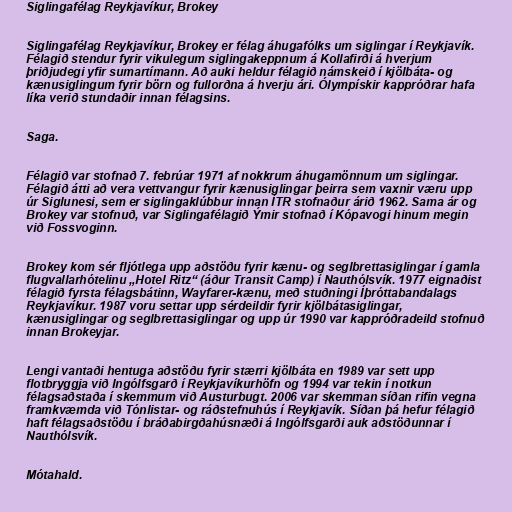
Siglingafélag Reykjavíkur, Brokey

Siglingafélag Reykjavíkur, Brokey er félag áhugafólks um siglingar í Reykjavík.
Félagið stendur fyrir vikulegum siglingakeppnum á Kollafirði á hverjum
þriðjudegi yfir sumartímann. Að auki heldur félagið námskeið í kjölbáta- og
kænusiglingum fyrir börn og fullorðna á hverju ári. Ólympískir kappróðrar hafa
líka verið stundaðir innan félagsins.

Saga.

Félagið var stofnað 7. febrúar 1971 af nokkrum áhugamönnum um siglingar.
Félagið átti að vera vettvangur fyrir kænusiglingar þeirra sem vaxnir væru upp
úr Siglunesi, sem er siglingaklúbbur innan ÍTR stofnaður árið 1962. Sama ár og
Brokey var stofnuð, var Siglingafélagið Ýmir stofnað í Kópavogi hinum megin
við Fossvoginn.

Brokey kom sér fljótlega upp aðstöðu fyrir kænu- og seglbrettasiglingar í gamla
flugvallarhótelinu „Hotel Ritz“ (áður Transit Camp) í Nauthólsvík. 1977 eignaðist
félagið fyrsta félagsbátinn, Wayfarer-kænu, með stuðningi Íþróttabandalags
Reykjavíkur. 1987 voru settar upp sérdeildir fyrir kjölbátasiglingar,
kænusiglingar og seglbrettasiglingar og upp úr 1990 var kappróðradeild stofnuð
innan Brokeyjar.

Lengi vantaði hentuga aðstöðu fyrir stærri kjölbáta en 1989 var sett upp
flotbryggja við Ingólfsgarð í Reykjavíkurhöfn og 1994 var tekin í notkun
félagsaðstaða í skemmum við Austurbugt. 2006 var skemman síðan rifin vegna
framkvæmda við Tónlistar- og ráðstefnuhús í Reykjavík. Síðan þá hefur félagið
haft félagsaðstöðu í bráðabirgðahúsnæði á Ingólfsgarði auk aðstöðunnar í
Nauthólsvík.

Mótahald.